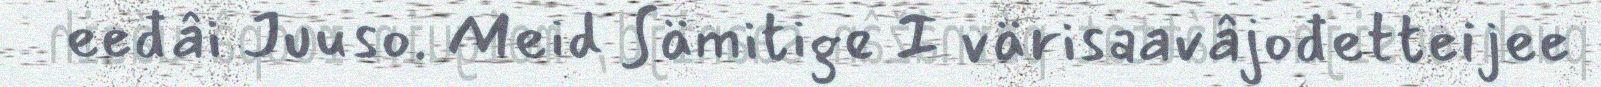
eeđâi Juuso. Meid Sämitige I värisaavâjođetteijee